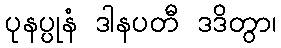
ပုနပ္ပုနံ ဒါနပတီ ဒဒိတွာ၊